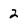
Character: 2